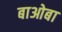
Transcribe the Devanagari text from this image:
बाओबा